Report of the Indian Hemp Drugs Commission, 1894-1895 - Volume IV
Year: 1894
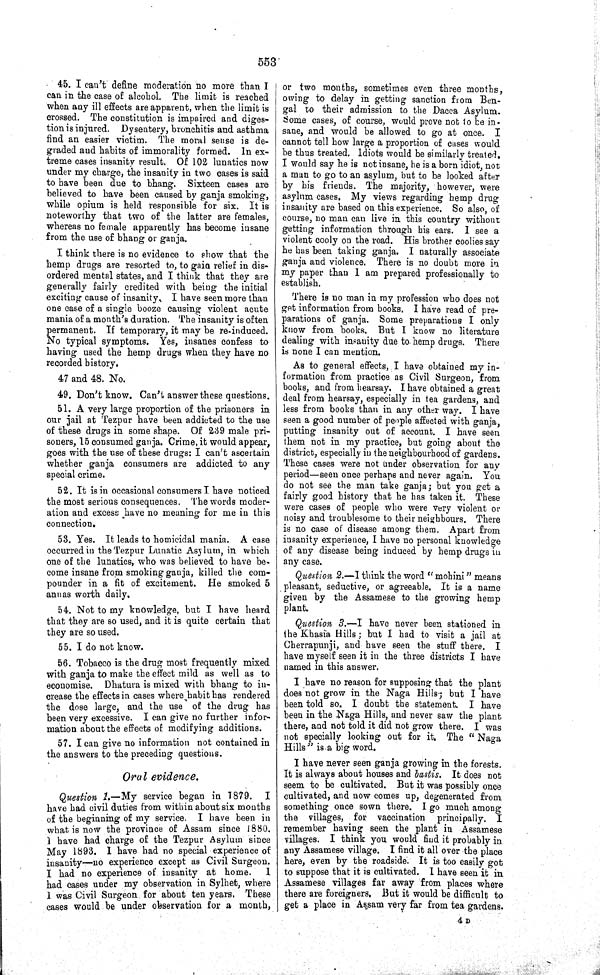
553
45. I can't define moderation no more than I
can in the case of alcohol. The limit is reached
when any ill effects are apparent, when the limit is
crossed. The constitution is impaired and diges-
tion is injured. Dysentery, bronchitis and asthma
find an easier victim. The moral sense is de-
graded and habits of immorality formed. In ex-
treme cases insanity result. Of 102 lunatics now
under my charge, the insanity in two cases is said
to have been due to bhang. Sixteen cases are
believed to have been caused by ganja smoking,
while opium is held responsible for six. It is
noteworthy that two of the latter are females,
whereas no female apparently has become insane
from the use of bhang or ganja.
I think there is no evidence to show that the
hemp drugs are resorted to, to gain relief in dis-
ordered mental states, and I think that they are
generally fairly credited with being the initial
exciting cause of insanity. I have seen more than
one case of a single booze causing violent acute
mania of a month's duration. The insanity is often
permanent. If temporary, it may be re-induced.
No typical symptoms. Yes, insanes confess to
having used the hemp drugs when they have no
recorded history.
47 and 48. No.
49. Don't know. Can't answer these questions.
51. A very large proportion of the prisoners in
our jail at Tezpur have been addicted to the use
of these drugs in some shape. Of 239 male pri-
soners, 15 consumed ganja. Crime, it would appear,
goes with the use of these drugs: I can't ascertain
whether ganja consumers are addicted to any
special crime.
52. It is in occasional consumers I have noticed
the most serious consequences. The words moder-
ation and excess have no meaning for me in this
connection.
53. Yes. It leads to homicidal mania. A case
occurred in the Tezpur Lunatic Asylum, in which
one of the lunatics, who was believed to have be-
come insane from smoking ganja, killed the com-
pounder in a fit of excitement. He smoked 5
annas worth daily.
54. Not to my knowledge, but I have heard
that they are so used, and it is quite certain that
they are so used.
55. I do not know.
56. Tobacco is the drug most frequently mixed
with ganja to make the effect mild as well as to
economise. Dhatura is mixed with bhang to in-
crease the effects in cases where habit has rendered
the dose large, and the use of the drug has
been very excessive. I can give no further infor-
mation about the effects of modifying additions.
57. I can give no information not contained in
the answers to the preceding questions.
Oral evidence.
Question 1.—My service began in 1879. I
have had civil duties from within about six months
of the beginning of my service. I have been in
what is now the province of Assam since 1880.
I have had charge of the Tezpur Asylum since
May 1893. I have had no special experience of
insanity—no experience except as Civil Surgeon.
I had no experience of insanity at home.
I
had cases under my observation in Sylhet, where
I was Civil Surgeon for about ten years. These
cases would be under observation for a month,
or two months, sometimes even three months,
owing to delay in getting sanction from Ben-
gal to their admission to the Dacca Asylum.
Some cases, of course, would prove not to be in-
sane, and would be allowed to go at once. I
cannot tell how large a proportion of cases would
be thus treated. Idiots would be similarly treated.
I would say he is not insane, he is a born idiot, not
a man to go to an asylum, but to be looked after
by his friends. The majority, however, were
asylum cases. My views regarding hemp drug
insanity are based on this experience. So also, of
course, no man can live in this country without
getting information through his ears. I see a
violent cooly on the road. His brother coolies say
he has been taking ganja. I naturally associate
ganja and violence. There is no doubt more in
my paper than I am prepared professionally to
establish.
There is no man in my profession who does not
get information from books. I have read of pre-
parations of ganja. Some preparations I only
know from books. But I know no literature
dealing with insanity due to hemp drugs. There
is none I can mention.
As to general effects, I have obtained my in-
formation from practice as Civil Surgeon, from
books, and from hearsay. I have obtained a great
deal from hearsay, especially in tea gardens, and
less from books than in any other way. I have
seen a good number of people affected with ganja,
putting insanity out of account. I have seen
them not in my practice, but going about the
district, especially in the neighbourhood of gardens.
These cases were not under observation for any
period—seen once perhaps and never again. You
do not see the man take ganja; but you get a
fairly good history that he has taken it. These
were cases of people who were very violent or
noisy and troublesome to their neighbours. There
is no case of disease among them. Apart from
insanity experience, I have no personal knowledge
of any disease being induced by hemp drugs in
any case.
Question 2.—I think the word "mohini" means
pleasant, seductive, or agreeable. It is a name
given by the Assamese to the growing hemp
plant.
Question 3.—I have never been stationed in
the Khasia Hills; but I had to visit a jail at
Cherrapunji, and have seen the stuff there. I
have myself seen it in the three districts I have
named in this answer.
I have no reason for supposing that the plant
does not grow in the Naga Hills; but I have
been told so. I doubt the statement. I have
been in the Naga Hills, and never saw the plant
there, and not told it did not grow there. I was
not specially looking out for it. The "Naga
Hills" is a big word.
I have never seen ganja growing in the forests.
It is always about houses and bastis. It does not
seem to be cultivated. But it was possibly once
cultivated, and now comes up, degenerated from
something once sown there. I go much among
the villages, for vaccination principally.
I
remember having seen the plant in Assamese
villages. I think you would find it probably in
any Assamese village. I find it all over the place
here, even by the roadside. It is too easily got
to suppose that it is cultivated. I have seen it in
Assamese villages far away from places where
there are foreigners. But it would be difficult to
get a place in Assam very far from tea gardens.
4 D